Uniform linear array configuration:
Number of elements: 16
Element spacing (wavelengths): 0.25
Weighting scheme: cosine
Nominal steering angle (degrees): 30
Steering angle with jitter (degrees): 31.62
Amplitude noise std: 0.05
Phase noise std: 0.05

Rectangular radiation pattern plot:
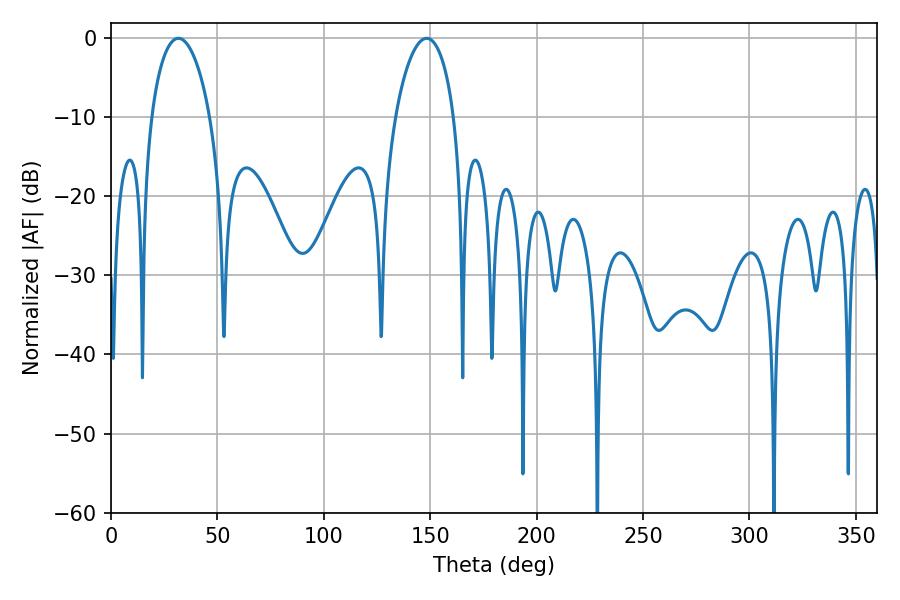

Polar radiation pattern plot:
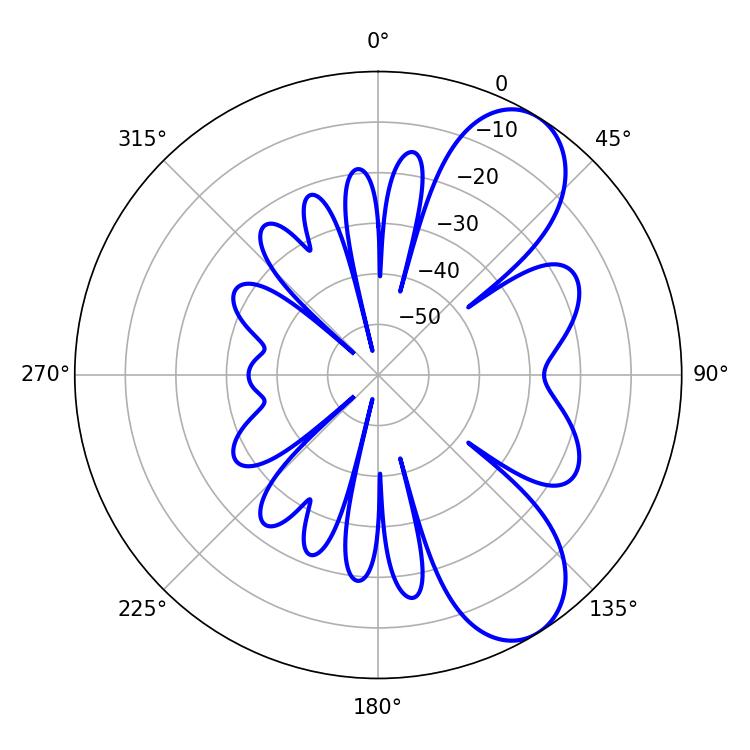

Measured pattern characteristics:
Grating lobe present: FALSE
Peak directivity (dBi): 8.042
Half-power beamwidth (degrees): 15.84
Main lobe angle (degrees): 31.68